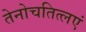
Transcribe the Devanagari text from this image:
तेनोचतित्लएं